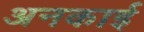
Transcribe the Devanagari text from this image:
अनकाई